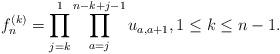
LaTeX: \begin{gather*} f_{n}^{(k)}= \prod_{j=k}^{1} \prod_{a=j}^{n-k+j-1} u_{a,a+1}, 1 \le k \le n-1. \end{gather*}